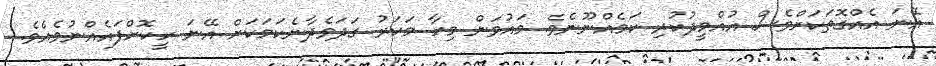
އޭނަ އެއްގޮތަކަށްވެސް އުއްމީދުކުރި ކަމެއްނޫނެވެ. މައުވަން މިހާ މަކަރު ގަދަވެދާނެކަމަކަށް އޭނަ ހީކޮށްފައެއްނުވެއެވެ.